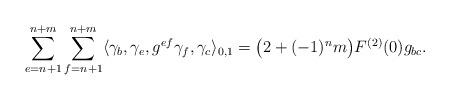
\begin{align*}\sum_{e=n+1}^{n+m}\sum_{f=n+1}^{n+m}\langle \gamma_b, \gamma_e, g^{ef}\gamma_f,\gamma_c\rangle_{0,1}=\big(2+(-1)^n m\big)F^{(2)}(0)g_{bc}.\end{align*}